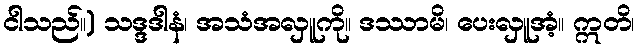
ငါသည်။) သဒ္ဒဒါနံ၊ အသံအလှူကို။ ဒဿာမိ၊ ပေးလှူအံ့။ ဣတိ၊